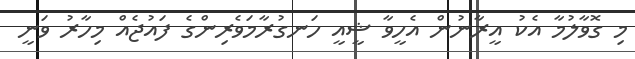
މި ގޮވާލުމާ އެކު އީރާނުން އެހީވާ ޝީއީ ހަނގުރާމަވެރިންގެ ފައުޖެއް މިހާރު ވަނީ